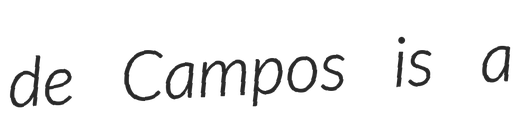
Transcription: de Campos is a